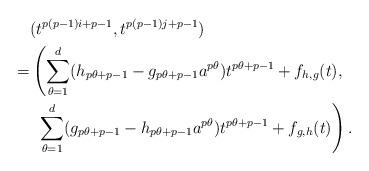
LaTeX: \begin{align*} & (t^{p(p-1)i+p-1}, t^{p(p-1)j+p-1}) \\=& \left( \sum_{\theta=1}^{d} (h_{p\theta+p-1} - g_{p\theta+p-1} a^{p\theta}) t^{p\theta+p-1} + f_{h,g}(t) , \right. \\ & \, \, \left. \sum_{\theta=1}^{d} (g_{p\theta+p-1} - h_{p\theta+p-1} a^{p\theta}) t^{p\theta+p-1} + f_{g,h}(t) \right).\end{align*}